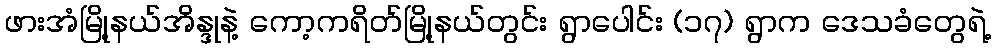
ဖားအံမြို့နယ်အိန္ဒုနဲ့ ကော့ကရိတ်မြို့နယ်တွင်း ရွာပေါင်း (၁၇) ရွာက ဒေသခံတွေရဲ့